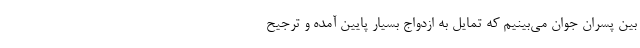
بین پسران جوان می‌بینیم که تمایل به ازدواج بسیار پایین آمده و ترجیح